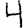
Digit: 4